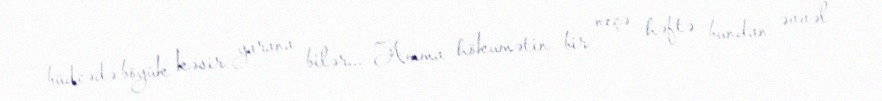
büdcədə böyük kəsir yarana bilər... Amma hökumətin bir neçə həftə bundan əvvəl